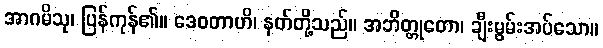
အာဂမိသု၊ ပြန်ကုန်၏။ ဒေဝတာဟိ၊ နတ်တို့သည်။ အဘိတ္တုတော၊ ချီးမွမ်းအပ်သော။